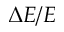
\Delta E / E